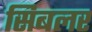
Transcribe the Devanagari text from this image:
सिबलर